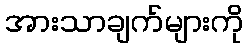
အားသာချက်များကို